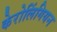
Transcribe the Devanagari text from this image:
केरोलिंगियन